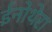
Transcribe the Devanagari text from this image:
ईनोथेरा